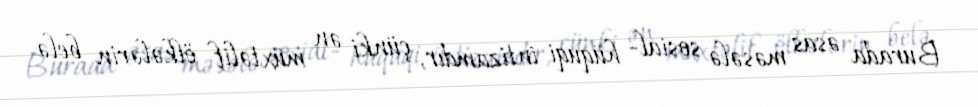
Burada əsas məsələ sosial- hüquqi intizamdır, çünki ən müxtəlif ölkələrin belə